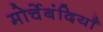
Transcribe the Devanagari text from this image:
मोर्चेबंदियाँ